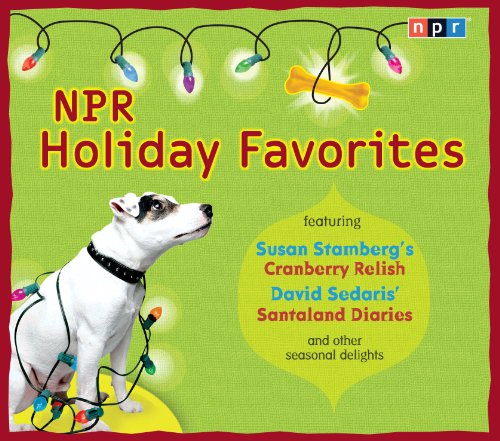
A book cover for NPR Holiday Favorites; NPR; Politics & Social Sciences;